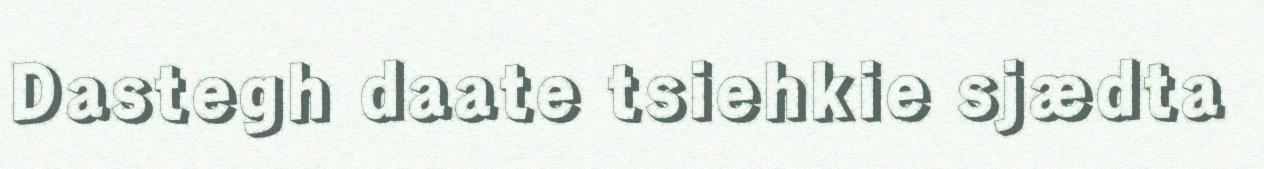
Dastegh daate tsiehkie sjædta